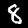
Digit: 8